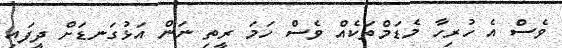
ވެސް އެ ހުރިހާ މެޑަމްތަކެއް ވެސް ހަމަ ރީތި ނަން އަޅުގަނޑަށް ދީފައި